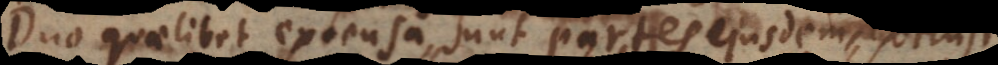
Duo quaelibet extensa sunt partes ejusdem extensi